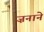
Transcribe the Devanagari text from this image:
ज़नाने